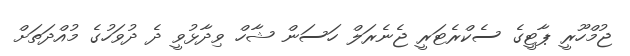
ޖުމްހޫރީ ޕާޓީގެ ސެކްރެޓަރީ ޖެނެރަލް ހަސަން ޝާހް ވިދާޅުވީ ދެ ދުވަހުގެ މުއްދަތަށް